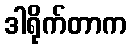
ဒါရိုက်တာက